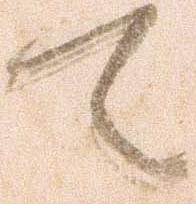
て